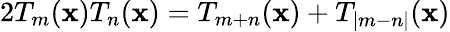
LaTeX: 2T_{m}(\mathbf{x})T_{n}(\mathbf{x})=T_{m+n}(\mathbf{x})+T_{|m-n|}(\mathbf{x})